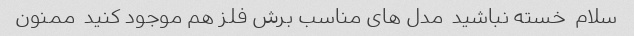
سلام  خسته نباشید  مدل های مناسب برش فلز هم موجود کنید  ممنون